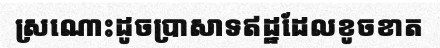
ស្រណោះដូចប្រាសាទឥដ្ឋដែលខូចខាត